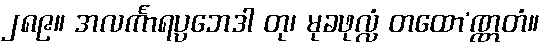
၂၈၉။ အလင်္ကာရပ္ပဘေဒါ တု၊ မုခဖုလ္လံ တထော’ဏ္ဏတံ။